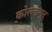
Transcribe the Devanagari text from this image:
कोल्लापुर